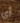
أي